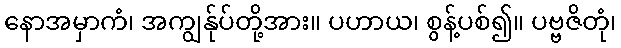
နောအမှာကံ၊ အကျွန်ုပ်တို့အား။ ပဟာယ၊ စွန့်ပစ်၍။ ပဗ္ဗဇိတုံ၊